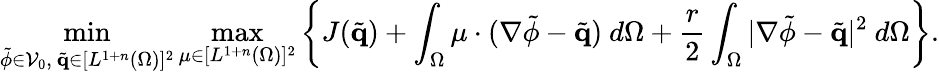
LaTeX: \operatorname*{min}_{\tilde{\phi}\in\mathcal{V}_{0},~\tilde{\mathbf{q}}\in[L^{1+n}(\Omega)]^{2}}\operatorname*{max}_{\mathbf{\mu}\in[L^{1+n}(\Omega)]^{2}}\left\{ J(\tilde{\mathbf{q}})+\int_{\Omega}\mathbf{\mu}\cdot(\nabla\tilde{\phi}-\tilde{\mathbf{q}})~d\Omega+\frac{r}{2}\int_{\Omega}|\nabla\tilde{\phi}-\tilde{\mathbf{q}}|^{2}~d\Omega\right\} .